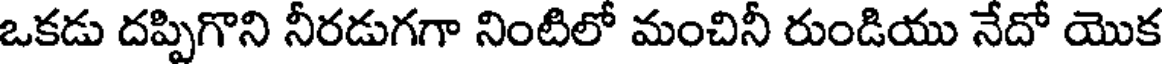
ఒకడు దప్పిగొని నీరడుగగా నింటిలో మంచినీ రుండియు నేదో యొక